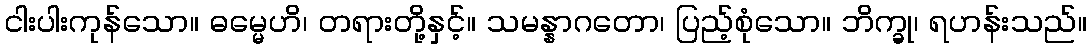
ငါးပါးကုန်သော။ ဓမ္မေဟိ၊ တရားတို့နှင့်။ သမန္နာဂတော၊ ပြည့်စုံသော။ ဘိက္ခု၊ ရဟန်းသည်။